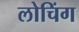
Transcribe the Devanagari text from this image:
लोचिंग